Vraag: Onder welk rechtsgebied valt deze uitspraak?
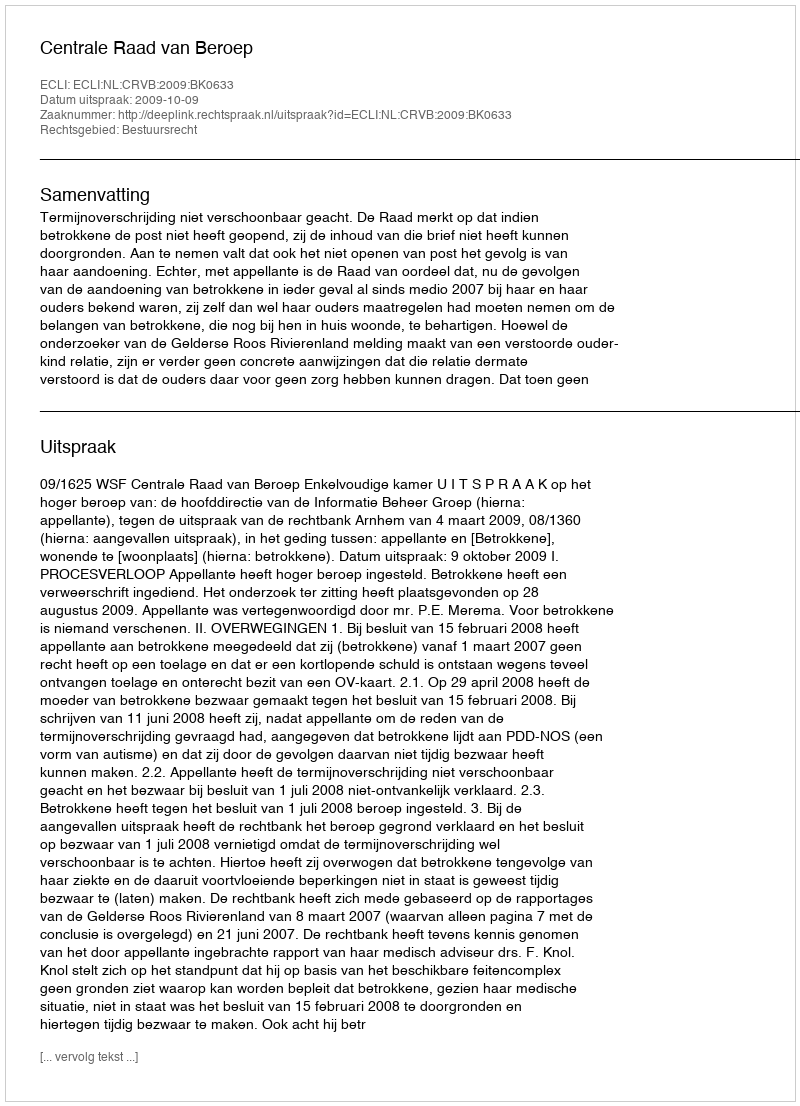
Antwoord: Bestuursrecht